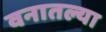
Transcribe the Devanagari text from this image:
वनातल्या